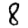
Digit: 8